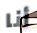
أنا